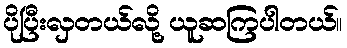
ပိုပြီးလှတယ်လို့ ယူဆကြပါတယ်။